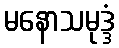
မနောသမုဒ္ဒံ